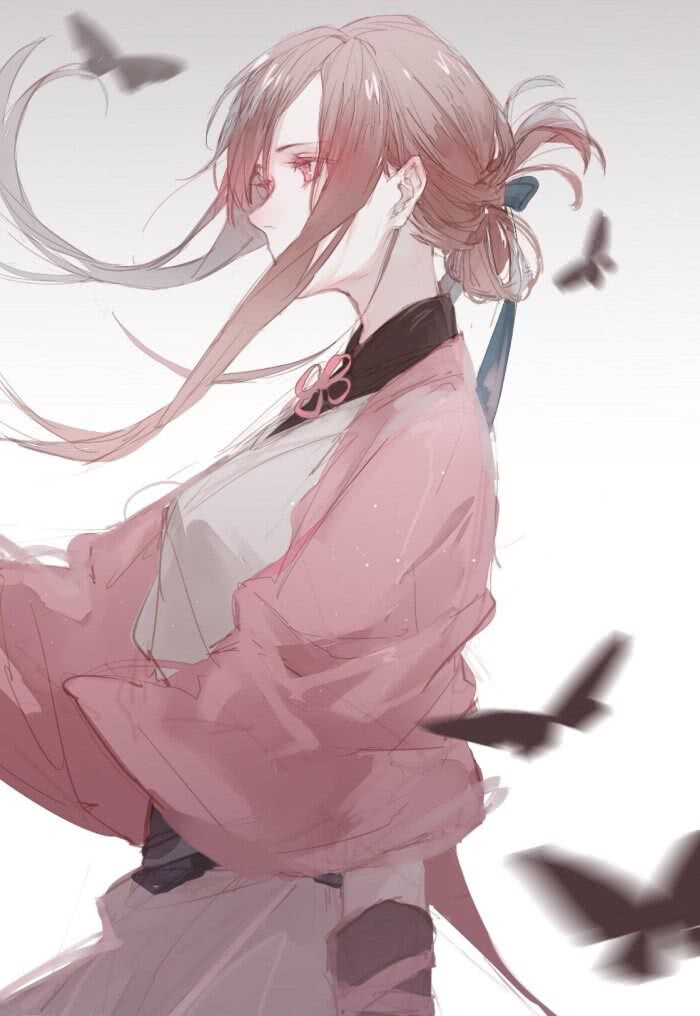
归燕识故巢，旧人看新历。